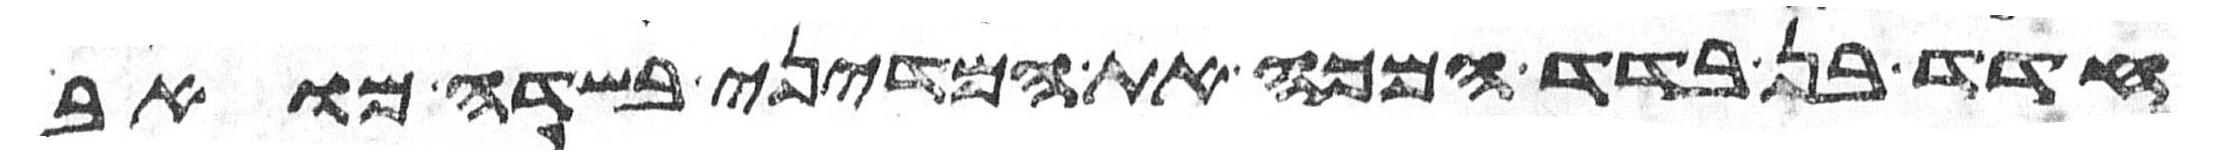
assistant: הדד בן בדד המכה את המדיני בשדה מואב